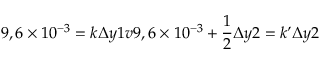
9 , 6 \times 1 0 ^ { - 3 } = k \Delta y 1 v à 9 , 6 \times 1 0 ^ { - 3 } + \frac { 1 } { 2 } \Delta y 2 = k ’ \Delta y 2